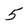
Character: 5